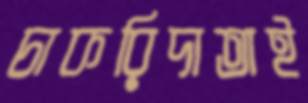
চাকরিদাতাই